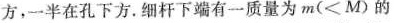
方，一半在孔下方。细杆下端有一质量为m(<M)的